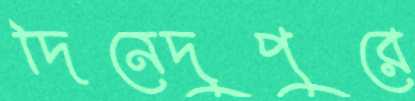
দিনেদুপুরে